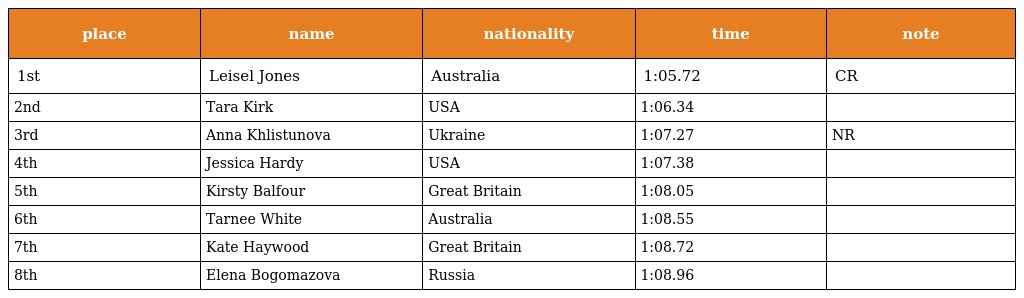
| place | name | nationality | time | note |
 | --- | --- | --- | --- | --- |
 | 1st | Leisel Jones | Australia | 1:05.72 | CR |
 | 2nd | Tara Kirk | USA | 1:06.34 |  |
 | 3rd | Anna Khlistunova | Ukraine | 1:07.27 | NR |
 | 4th | Jessica Hardy | USA | 1:07.38 |  |
 | 5th | Kirsty Balfour | Great Britain | 1:08.05 |  |
 | 6th | Tarnee White | Australia | 1:08.55 |  |
 | 7th | Kate Haywood | Great Britain | 1:08.72 |  |
 | 8th | Elena Bogomazova | Russia | 1:08.96 |  |